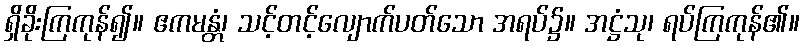
ရှိခိုးကြကုန်၍။ ဧကမန္တံ၊ သင့်တင့်လျောက်ပတ်သော အရပ်၌။ အဋ္ဌံသု၊ ရပ်ကြကုန်၏။